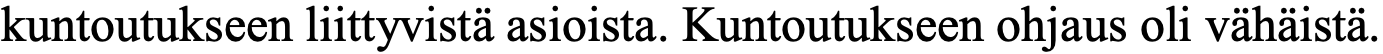
kuntoutukseen liittyvistä asioista. Kuntoutukseen ohjaus oli vähäistä.